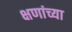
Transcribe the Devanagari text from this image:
क्षणांच्या